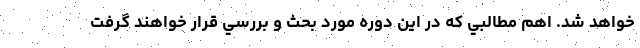
خواهد شد. اهم مطالبي كه در اين دوره مورد بحث و بررسي قرار خواهند گرفت